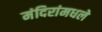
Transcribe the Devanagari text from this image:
मंदिरांमधले